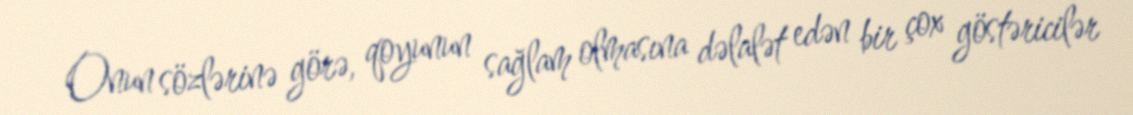
Onun sözlərinə görə, qoyunun sağlam olmasına dəlalət edən bir çox göstəricilər